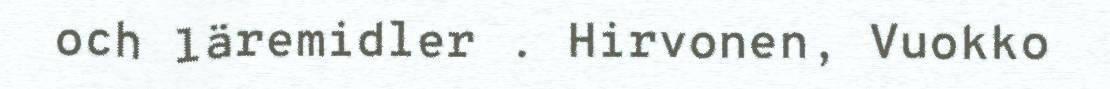
och läremidler . Hirvonen, Vuokko